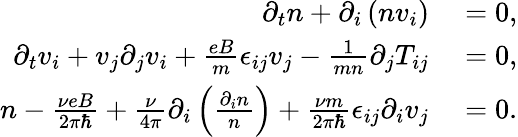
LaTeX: \begin{array}{rl}{\partial_{t}n+\partial_{i}\left(nv_{i}\right)}&{{}=0,}\\ {\partial_{t}v_{i}+v_{j}\partial_{j}v_{i}+\frac{eB}{m}\epsilon_{ij}v_{j}-\frac{1}{mn}\partial_{j}T_{ij}}&{{}=0,}\\ {n-\frac{\nu eB}{2\pi\hbar}+\frac{\nu}{4\pi}\partial_{i}\left(\frac{\partial_{i}n}{n}\right)+\frac{\nu m}{2\pi\hbar}\epsilon_{ij}\partial_{i}v_{j}}&{{}=0.}\end{array}